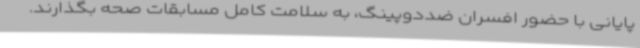
پایانی با حضور افسران ضددوپینگ، به سلامت کامل مسابقات صحه بگذارند.